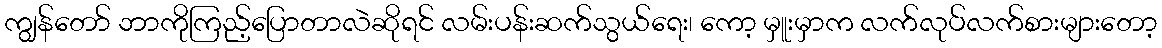
ကျွန်တော် ဘာကိုကြည့်ပြောတာလဲဆိုရင် လမ်းပန်းဆက်သွယ်ရေး၊ ကော့ မှူးမှာက လက်လုပ်လက်စားများတော့